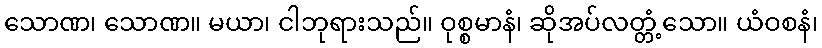
သောဏ၊ သောဏ။ မယာ၊ ငါဘုရားသည်။ ဝုစ္စမာနံ၊ ဆိုအပ်လတ္တံ့သော။ ယံဝစနံ၊